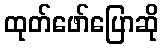
ထုတ်ဖော်ပြောဆို